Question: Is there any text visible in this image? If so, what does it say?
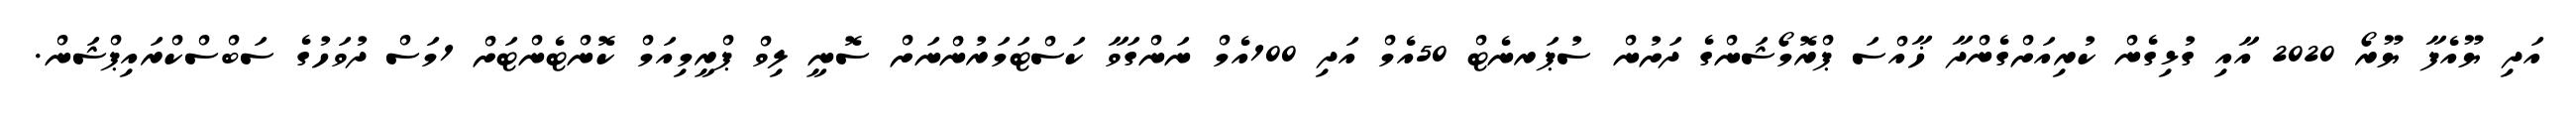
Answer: އަދި ޔޫއެފާ ޔޫރޯ 2020 އާއި ގުޅިގެން ކުރިއަށްގެންދާ ޚާއްސަ ޕްރޮމޯޝަންގެ ދަށުން ސުޕަރނެޓް 50އެމް އަދި 100އެމް ނަންގަވާ ކަސްޓަމަރުންނަށް ސޮނީ ލިވް ޕްރީމިއަމް ކޮންޓެންޓަށް 1މަސް ދުވަހުގެ ސަބްސްކްރައިޕްޝަން.